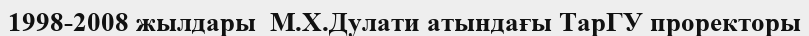
1998-2008 жылдары  М.Х.Дулати атындағы ТарГУ проректоры